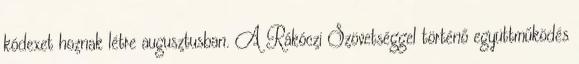
kódexet hoznak létre augusztusban. A Rákóczi Szövetséggel történő együttműködés